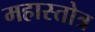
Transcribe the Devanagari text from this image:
महास्तोत्र